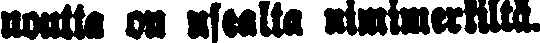
noutta on usealta nimimerkiltä.